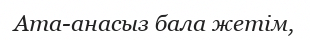
Ата-анасыз бала жетім,